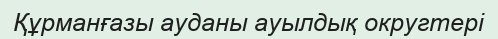
Құрманғазы ауданы ауылдық округтері